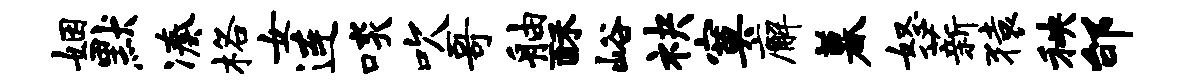
姻默凑格女连啖吹哥舳酥峪袂寞廨暮怒薪猿秧邰